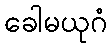
ခေါမယုဂံ